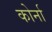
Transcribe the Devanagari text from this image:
कोर्ना